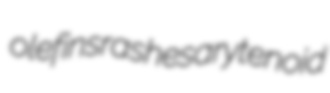
olefins rashes arytenoid